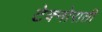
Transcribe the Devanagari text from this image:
टेक्नोराती